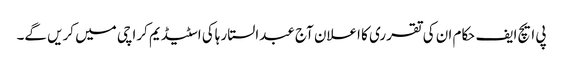
پی ایچ ایف حکام ان کی تقرری کا اعلان آج عبدالستار ہاکی اسٹیڈیم کراچی میں کریں گے۔